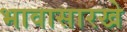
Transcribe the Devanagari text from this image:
भावासारखे